Leaving Certificate, 1899
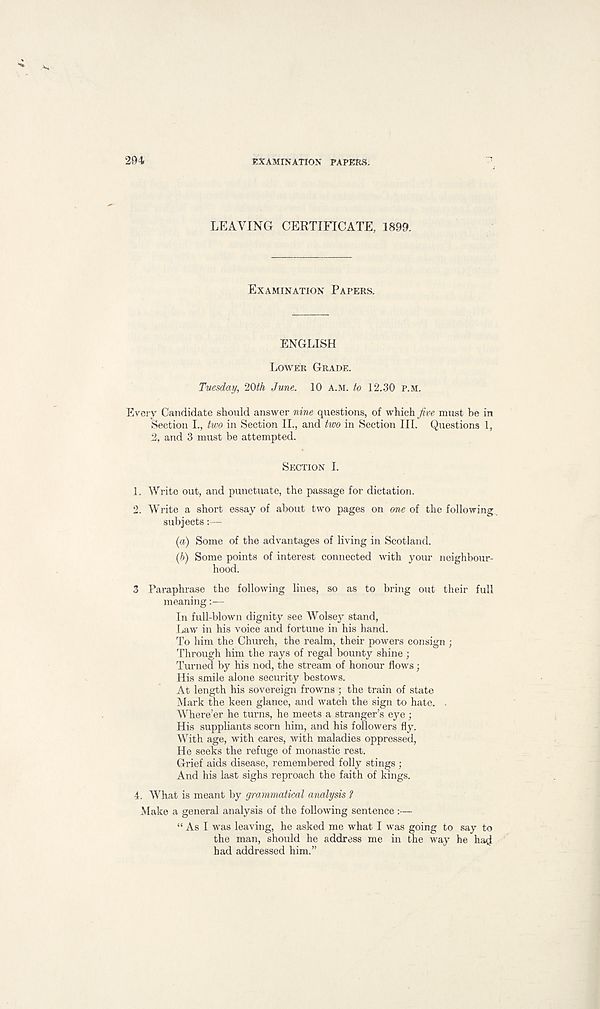
294
EXAMINATION PAPERS.
LEAVING CERTIFICATE, 1899.
EXAMINATION PAPERS.
ENGLISH
LOWER GRADE.
Tuesday, 20th June. 10 A.M. to 12.30 P.M.
Every Candidate should answer nine questions, of which five must be in
Section L, two in Section II., and two in Section III. Questions 1,
2, and 3 must be attempted.
SECTION I.
1. Write out, and punctuate, the passage for dictation.
2. Write a short essay of about two pages on one of the following
subjects:—
(a) Some of the advantages of living in Scotland.
(b) Some points of interest connected with your neighbour-
hood.
3 Paraphrase the following lines, so as to bring out their full
meaning:—
In full-blown dignity see Wolsey stand,
Law in his voice and fortune in his hand.
To him the Church, the realm, their powers consign ;
Through him the rays of regal bounty shine ;
Turned by his nod, the stream of honour flows;
His smile alone security bestows.
At length his sovereign frowns ; the train of state
Mark the keen glance, and watch the sign to hate. .
Where’er he turns, he meets a stranger’s eye ;
His suppliants scorn him, and his followers fly.
With age, with cares, with maladies oppressed,
He seeks the refuge of monastic rest.
Grief aids disease, remembered folly stings ;
And his last sighs reproach the faith of kings.
4. What is meant by grammatical analysis ?
Make a general analysis of the following sentence:—
“ As I was leaving, he asked me what I was going to say to
the man, should he address me in the way he had
had addressed him.”